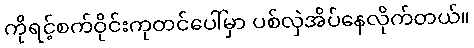
ကိုရင့်စက်ဝိုင်းကုတင်ပေါ်မှာ ပစ်လှဲအိပ်နေလိုက်တယ်။